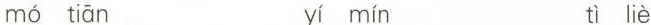
mó tiān yí mín tì liè